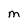
Character: M